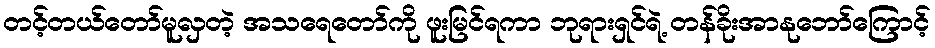
တင့်တယ်တော်မူလှတဲ့ အသရေတော်ကို ဖူးမြင်ရကာ ဘုရားရှင်ရဲ့ တန်ခိုးအာနုဘော်ကြောင့်